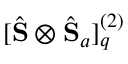
[ \hat { \mathbf { S } } \otimes \hat { \mathbf { S } } _ { a } ] _ { q } ^ { ( 2 ) }